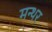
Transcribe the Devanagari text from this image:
मन्थर